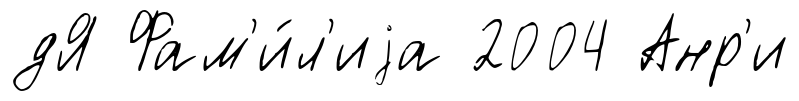
дЯ Фам'и́л'иjа 2004 Анр'и